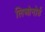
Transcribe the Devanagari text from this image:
लिओनोर्ड